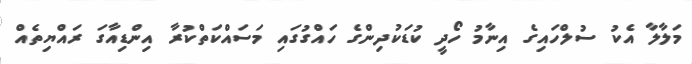
މަލާލާ އެކު ސުލްހައިގެ އިނާމު ހޯދީ ކުޑަކުދިންގެ ހައްގުގައި މަސައްކަތްކުރާ އިންޑިއާގަ ރައްޔިތެއް